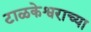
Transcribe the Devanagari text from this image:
टाळकेश्वराच्या